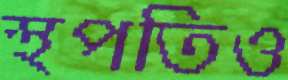
স্থপতিও